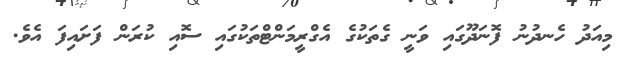
މިއަދު ހެނދުނު ފޮނަދޫގައި ވަނީ ގެތަކުގެ އެގްރީމަންޓްތަކުގައި ސޮއި ކުރަން ފަށައިފަ އެވެ.